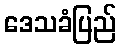
ဒေသခံပြည်